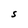
Character: S